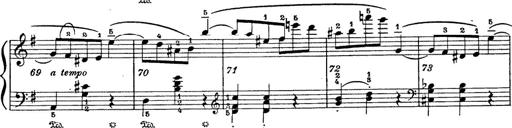
Title: 6 Polish Songs
Composer: Franz Liszt